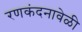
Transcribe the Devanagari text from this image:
रणकंदनावेळी